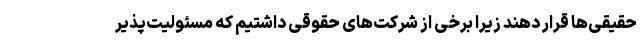
حقیقی‌ها قرار دهند زیرا برخی از شرکت‌های حقوقی داشتیم که مسئولیت‌پذیر